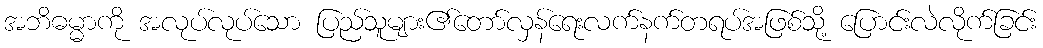
အဘိဓမ္မာကို အလုပ်လုပ်သော ပြည်သူများ၏တော်လှန်ရေးလက်နက်တရပ်အဖြစ်သို့ ပြောင်းလဲလိုက်ခြင်း